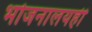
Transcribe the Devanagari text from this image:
भोजनालयही